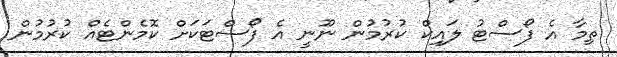
ތިމާ އެ ފޯސްޓު ލައިކް ކުރުމުން ނޫނީ އެ ފޯސްޓަކަށް ކޮމެންޓެއް ކުރުމުން